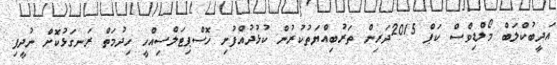
އަދީބުކްލަބް މޯލްޑިވްސް ކަޕް 2015ދަރިން ތަރުބިއްޔަތުކުރުން ކުޅުދުއްފުށި ހޮސްޕިޓަލްސިއްހީ ހިދުމަތް ރަނގަޅުކޮށް ނުދީފި